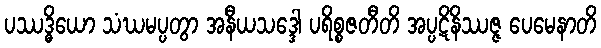
ပဿဒ္ဓိယော သံဃမပ္ပတွာ အနီယသဒ္ဒေါ ပရိစ္စဇတီတိ အပ္ပဋိနိဿဇ္ဇ ပေမေနာတိ